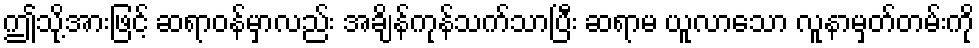
ဤသို့အားဖြင့် ဆရာဝန်မှာလည်း အချိန်ကုန်သက်သာပြီး ဆရာမ ယူလာသော လူနာမှတ်တမ်းကို